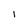
Character: l